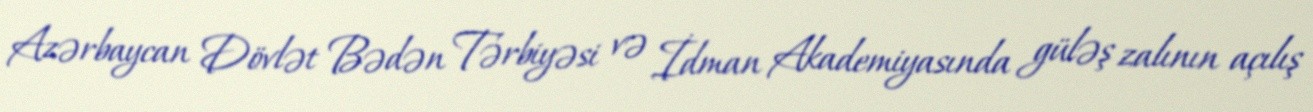
Azərbaycan Dövlət Bədən Tərbiyəsi və İdman Akademiyasında güləş zalının açılış